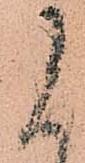
に